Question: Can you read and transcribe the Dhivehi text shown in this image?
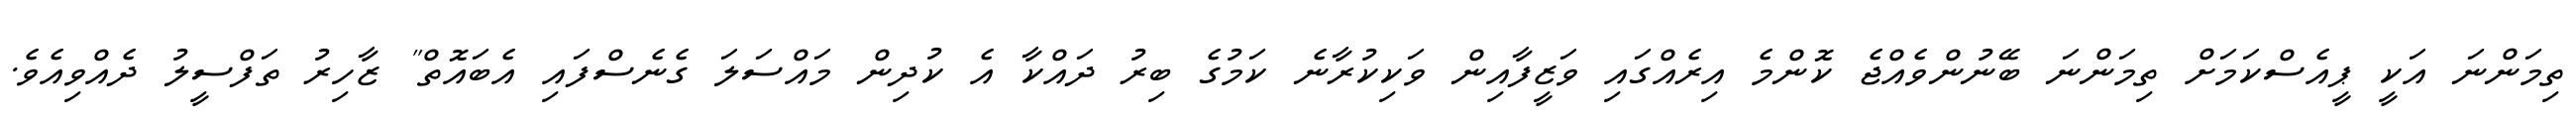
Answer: ތިމަންނަ އަކީ ޕީއެސްކަމަށް ތިމަންނަ ބޭނުންވެއްޖެ ކޮންމެ އިރެއްގައި ވަޒީފާއިން ވަކިކުރާނެ ކަމުގެ ބިރު ދައްކާ އެ ކުދިން މައްސަލަ ގެނެސްފައި އެބައޮތް" ޒާހިރު ތަފްސީލު ދެއްވިއެވެ.